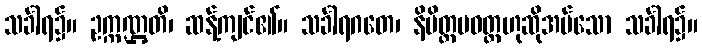
သင်္ခါရ၌။ ဥက္ကဏ္ဌတိ၊ ဆန့်ကျင်၏။ သင်္ခါရဂတေ၊ နိမိတ္တပဝတ္တဟုဆိုအပ်သော သင်္ခါရ၌။